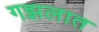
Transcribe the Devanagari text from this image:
गझलात